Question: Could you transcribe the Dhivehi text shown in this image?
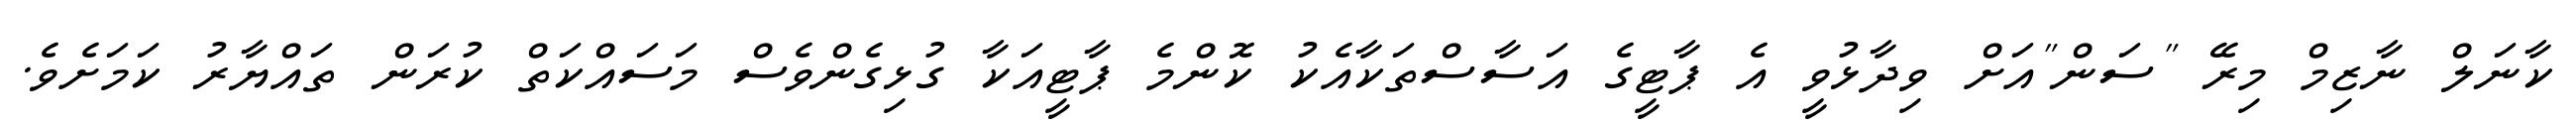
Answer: ކާނަލް ނާޒިމް މިރޭ "ސަން"އަށް ވިދާޅުވީ އެ ޕާޓީގެ އަސާސްތަކާއެކު ކޮންމެ ޕާޓީއަކާ ގުޅިގެންވެސް މަސައްކަތް ކުރަން ތައްޔާރު ކަމަށެވެ.